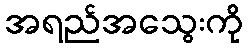
အရည်အသွေးကို